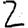
Digit: 2